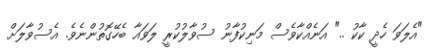
"އެލަވަ ހެދީ ކާކު .." އަނެއްކާވެސް މަނިކުފާނު ސުވާލުކުރީ ލަވައާ ބެހޭގޮތުންނެވެ. އެސުވާލަށް